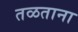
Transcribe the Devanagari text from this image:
तळताना